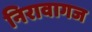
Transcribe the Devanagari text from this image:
निरावागज